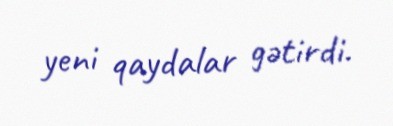
yeni qaydalar gətirdi.